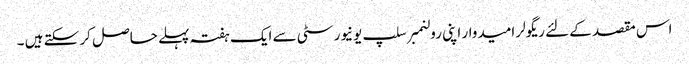
اس مقصد کے لئے ریگولر امیدوار اپنی رولنمبر سلپ یونیورسٹی سے ایک ہفتہ پہلے حاصل کر سکتے ہیں ۔